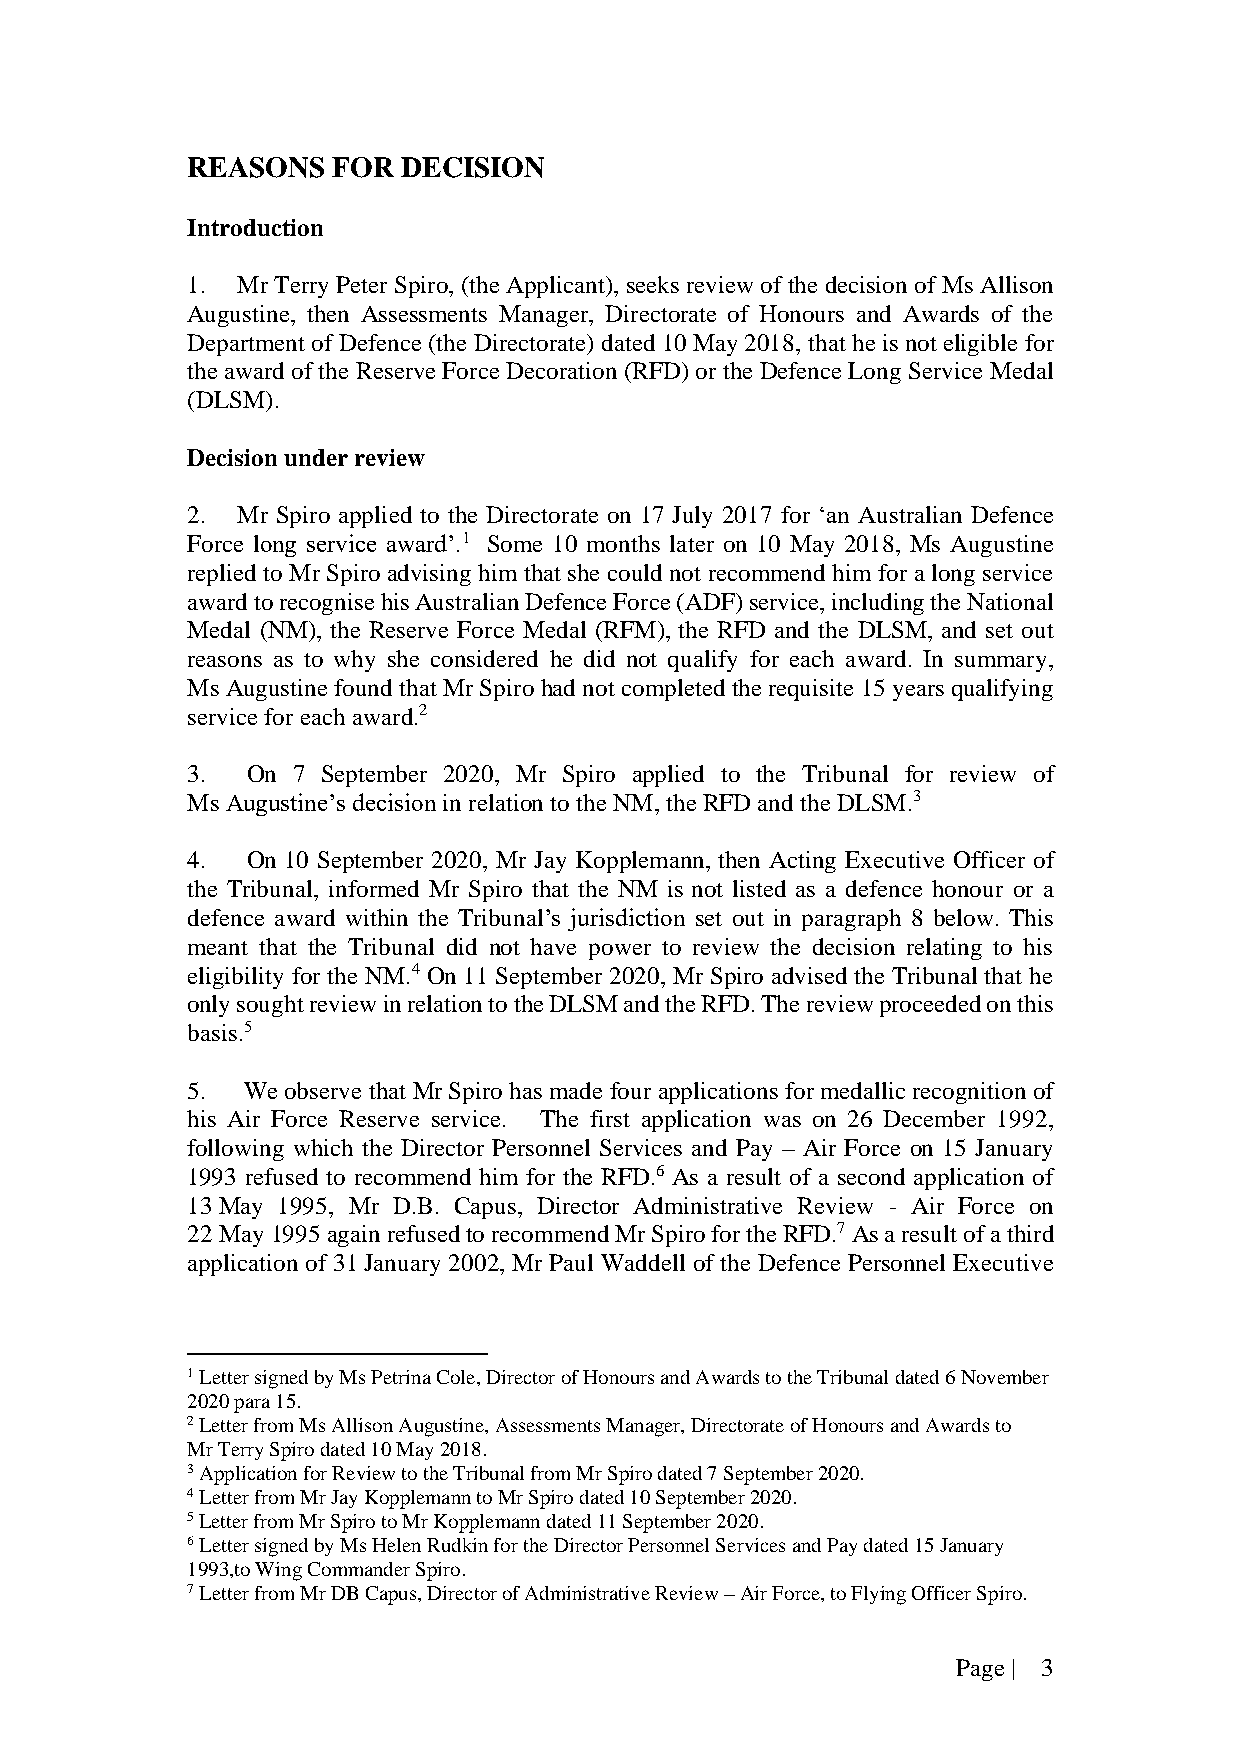
REASONS   FOR  DECISION
 Introduction
 1.  Mr Terry Peter Spiro, (the Applicant), seeks review of the decision of Ms Allison
 Augustine, then Assessments Manager, Directorate of Honours and Awards of the
 Department of Defence (the Directorate) dated 10 May 2018, that he is not eligible for
 the award of the Reserve Force Decoration (RFD) or the Defence Long Service Medal
 (DLSM).
 Decision under review
 2.  Mr Spiro applied to the Directorate on 17 July 2017 for ‘an Australian Defence
 Force long service award’.1 Some 10 months later on 10 May 2018, Ms Augustine
 replied to Mr Spiro advising him that she could not recommend him for a long service
 award to recognise his Australian Defence Force (ADF) service, including the National
 Medal (NM), the Reserve Force Medal (RFM), the RFD and the DLSM, and set out
 reasons as to why she considered he did not qualify for each award. In summary,
 Ms Augustine found that Mr Spiro had not completed the requisite 15 years qualifying
 service for each award.2
 3.  On 7 September 2020, Mr Spiro applied to the Tribunal for review of
 Ms Augustine’s decision in relation to the NM, the RFD and the DLSM.3
 4.  On 10 September 2020, Mr Jay Kopplemann, then Acting Executive Officer of
 the Tribunal, informed Mr Spiro that the NM is not listed as a defence honour or a
 defence award within the Tribunal’s jurisdiction set out in paragraph 8 below. This
 meant that the Tribunal did not have power to review the decision relating to his
 eligibility for the NM.4 On 11 September 2020, Mr Spiro advised the Tribunal that he
 only sought review in relation to the DLSM and the RFD. The review proceeded on this
 basis.5
 5.  We observe that Mr Spiro has made four applications for medallic recognition of
 his Air Force Reserve service. The first application was on 26 December 1992,
 following which the Director Personnel Services and Pay – Air Force on 15 January
 1993 refused to recommend him for the RFD.6 As a result of a second application of
 13 May 1995, Mr D.B. Capus, Director Administrative Review - Air Force on
 22 May 1995 again refused to recommend Mr Spiro for the RFD.7 As a result of a third
 application of 31 January 2002, Mr Paul Waddell of the Defence Personnel Executive
 1 Letter signed by Ms Petrina Cole, Director of Honours and Awards to the Tribunal dated 6 November
 2020 para 15.
 2 Letter from Ms Allison Augustine, Assessments Manager, Directorate of Honours and Awards to
 Mr Terry Spiro dated 10 May 2018.
 3 Application for Review to the Tribunal from Mr Spiro dated 7 September 2020.
 4 Letter from Mr Jay Kopplemann to Mr Spiro dated 10 September 2020.
 5 Letter from Mr Spiro to Mr Kopplemann dated 11 September 2020.
 6 Letter signed by Ms Helen Rudkin for the Director Personnel Services and Pay dated 15 January
 1993,to Wing Commander Spiro.
 7 Letter from Mr DB Capus, Director of Administrative Review – Air Force, to Flying Officer Spiro.
 Page | 3